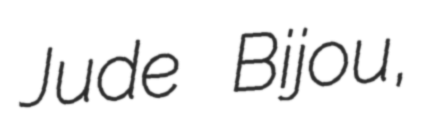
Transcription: Jude Bijou,